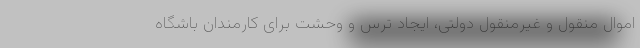
اموال منقول و غیرمنقول دولتی، ایجاد ترس و وحشت برای کارمندان باشگاه